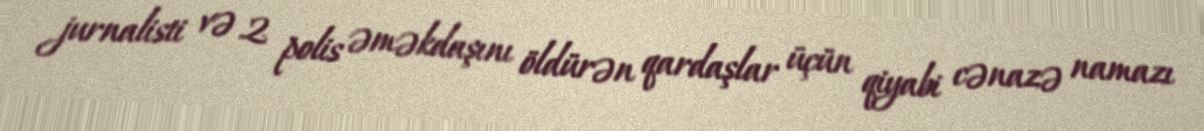
jurnalisti və 2 polis əməkdaşını öldürən qardaşlar üçün qiyabi cənazə namazı